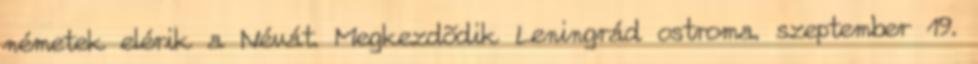
németek elérik a Névát. Megkezdõdik Leningrád ostroma. szeptember 19.